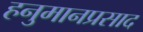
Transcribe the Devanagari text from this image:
हनुमानप्रसाद